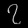
Digit: ၇